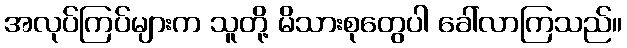
အလုပ်ကြပ်များက သူတို့ မိသားစုတွေပါ ခေါ်လာကြသည်။